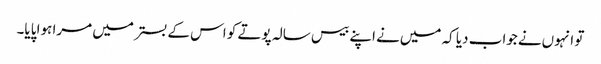
تو انہوں‌نے جواب دیا کہ میں‌نے اپنے بیس سالہ پوتے کو اس کے بستر میں‌ مرا ہوا پایا۔